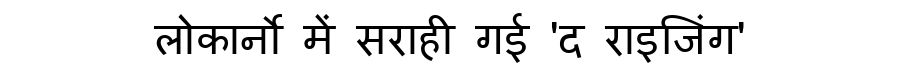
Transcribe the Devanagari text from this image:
लोकार्नो में सराही गई 'द राइजिंग'